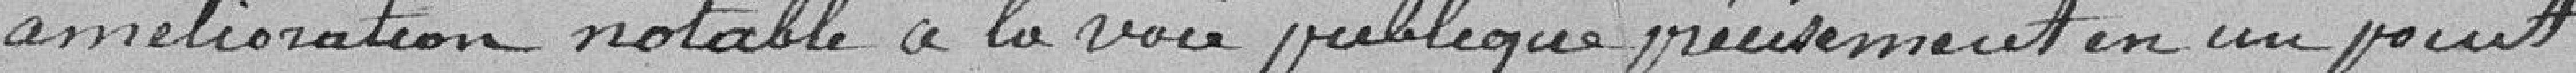
amélioration notable à la voie publique précisément en un point